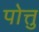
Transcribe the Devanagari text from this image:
पोत्तु